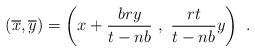
LaTeX: \begin{align*}(\overline{x},\overline{y})=\left(x+\frac{bry}{t-nb}\ ,\ \frac{rt}{t-nb}y\right)\ .\end{align*}